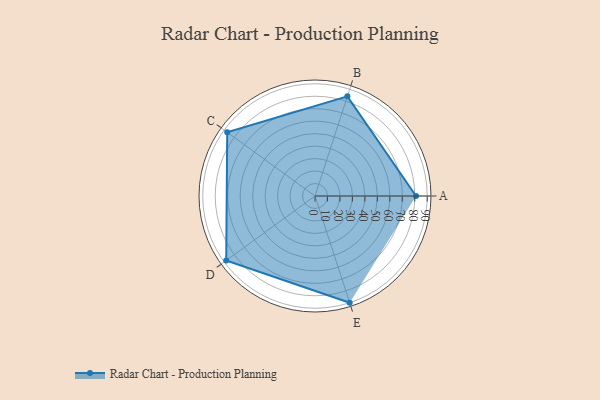
{"axis": {"x": "Skill", "y": "Score"}, "legend": ["Profile"], "data": [{"x": "A", "y": 81.0, "type": "Profile"}, {"x": "B", "y": 84.0, "type": "Profile"}, {"x": "C", "y": 87.0, "type": "Profile"}, {"x": "D", "y": 88.0, "type": "Profile"}, {"x": "E", "y": 90.0, "type": "Profile"}]}